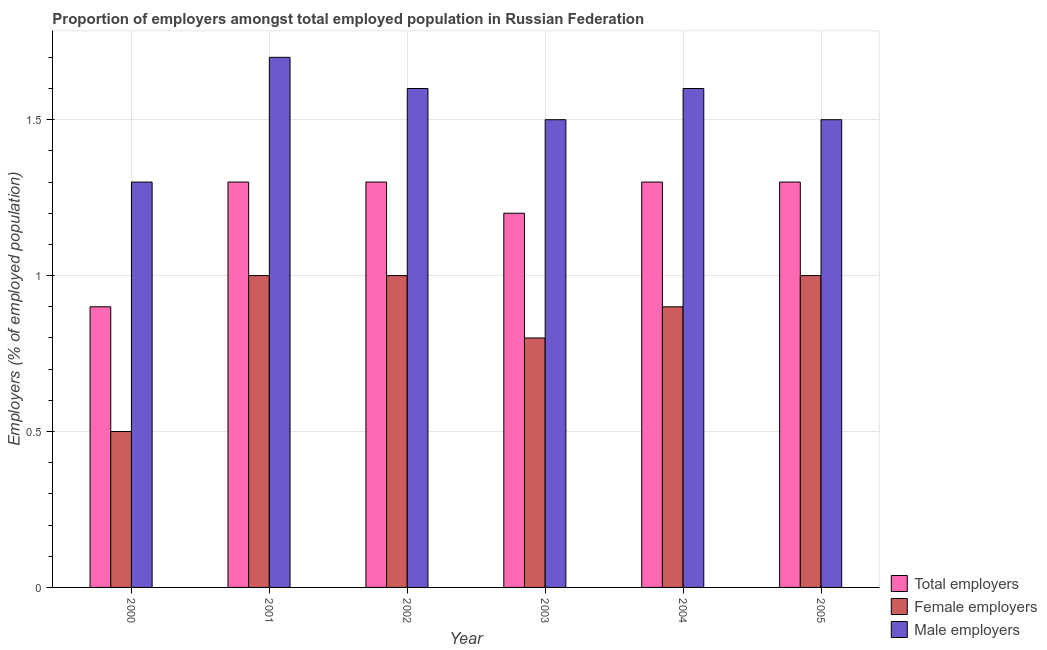
| Year | Total employers | Female employers | Male employers |
 | --- | --- | --- | --- |
 | 2000 | 0.9 | 0.5 | 1.3 |
 | 2001 | 1.3 | 1 | 1.7 |
 | 2002 | 1.3 | 1 | 1.6 |
 | 2003 | 1.2 | 0.8 | 1.5 |
 | 2004 | 1.3 | 0.9 | 1.6 |
 | 2005 | 1.3 | 1 | 1.5 |